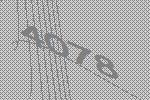
4078